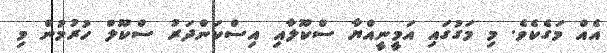
އެއް މަގެކެވެ. މި މަގުގައި އަމީނީއްޔާ ސްކޫލާއި އިސްކަންދަރު ސްކޫލް ހުރުމުން މި